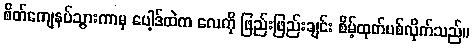
စိတ်ကျေနပ်သွားကာမှ ပေါ့ဒ်ထဲက လေကို ဖြည်းဖြည်းချင်း စိမ့်ထုတ်ပစ်လိုက်သည်။